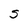
Character: S